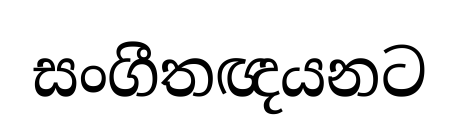
සංගීතඥයනට